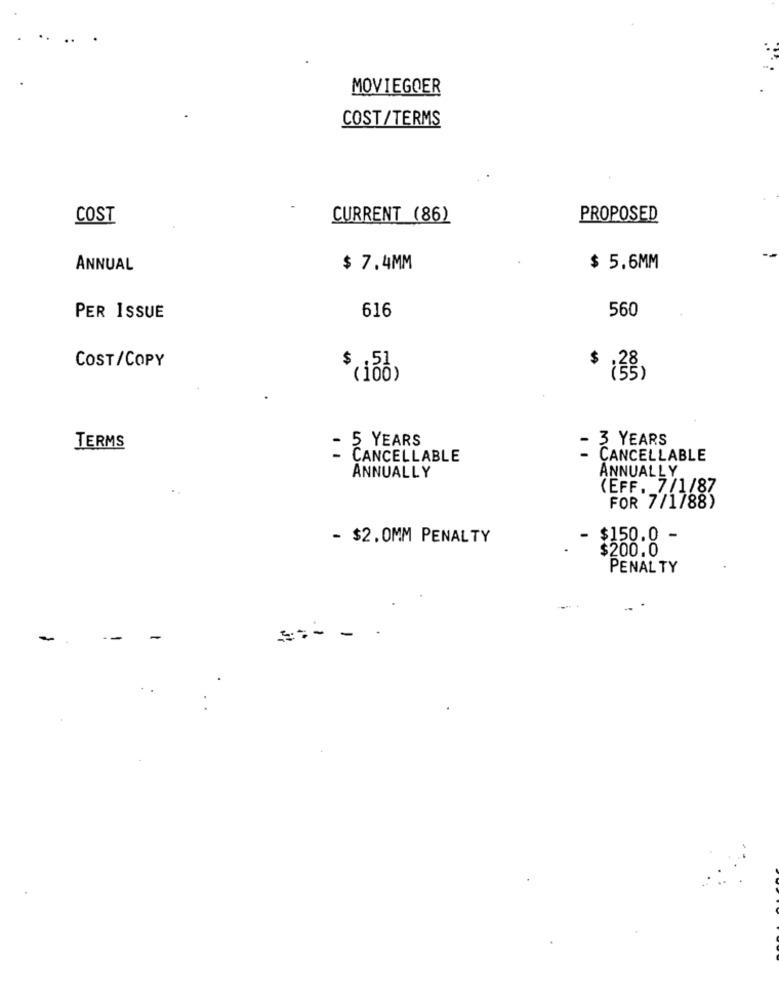
MOVIEGOER
COST/TERMS
COST
CURRENT (86)
PROPOSED
ANNUAL
$ 7.4MM
$ 5.6MM
PER ISSUE
616
560
COST/COPY
$(100)
5 YEARS
3 YEARS
TERMS
- CANCELLABLE
CANCELLABLE
ANNUALLY
ANNUALLY
(EFF. 7/1/87
FOR 7/1788)
- $2.0MM PENALTY
$150.0
$200.0
PENALTY
-
-